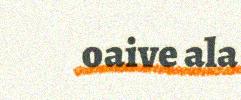
oaive ala